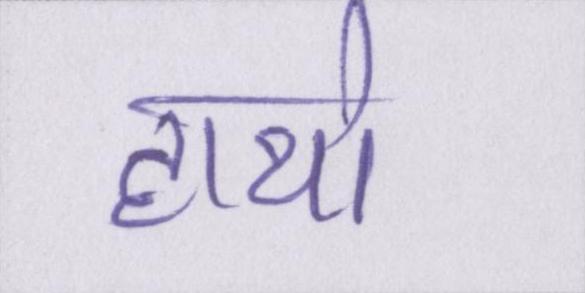
हाथो